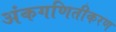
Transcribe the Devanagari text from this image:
अंकगणितीकरण